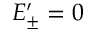
E _ { \pm } ^ { \prime } = 0